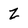
Character: Z